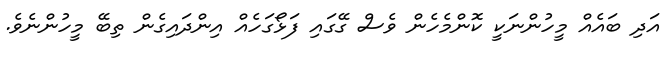
އަދި ބައެއް މީހުންނަކީ ކޮންމެހެން ވެސް ގޭގައި ފަޅޯގަހެއް އިންދައިގެން ތިބޭ މީހުންނެވެ.